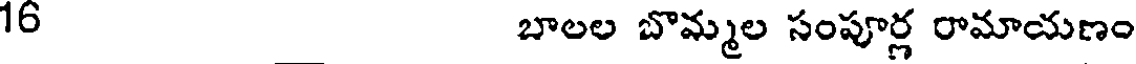
16 బాలల బొమ్మల సంపూర్ల రామాయణం